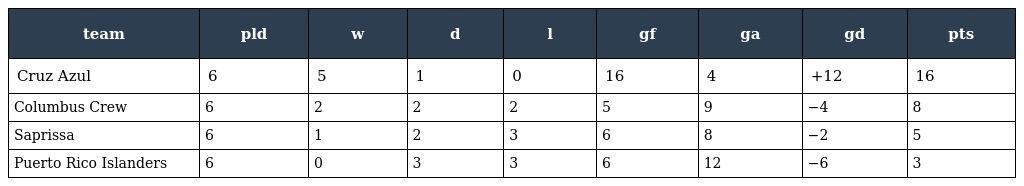
| team | pld | w | d | l | gf | ga | gd | pts |
 | --- | --- | --- | --- | --- | --- | --- | --- | --- |
 | Cruz Azul | 6 | 5 | 1 | 0 | 16 | 4 | +12 | 16 |
 | Columbus Crew | 6 | 2 | 2 | 2 | 5 | 9 | −4 | 8 |
 | Saprissa | 6 | 1 | 2 | 3 | 6 | 8 | −2 | 5 |
 | Puerto Rico Islanders | 6 | 0 | 3 | 3 | 6 | 12 | −6 | 3 |